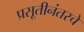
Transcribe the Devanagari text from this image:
प्रसूतीनंतरचे